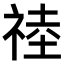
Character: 𥚊